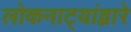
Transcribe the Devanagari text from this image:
लोकनाट्यांद्वारे